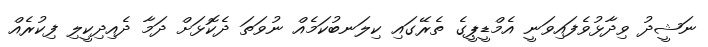
ނަޝީދު ވިދާޅުވެފައިވަނީ އެމްޑީޕީގެ ތެރޭގައި ކިލަނބުކަމެއް ނުވަތަ ދެކޮޅަށް ދަމާ ދެއިދިކީލި ފިކުރެއް